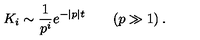
K _ { i } \sim \frac { 1 } { p ^ { i } } e ^ { - | p | t } \qquad ( p \gg 1 ) \: .